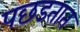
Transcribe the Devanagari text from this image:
पछडतात